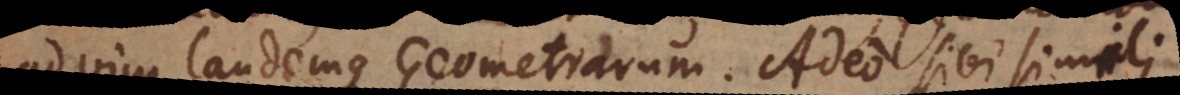
tatem laudemque Geometrarum. Adeo sibi simili